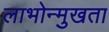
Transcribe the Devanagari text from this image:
लाभोन्मुखता